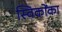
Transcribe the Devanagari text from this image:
स्विकोंका